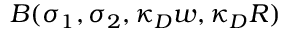
B ( \sigma _ { 1 } , \sigma _ { 2 } , \kappa _ { D } w , \kappa _ { D } R )